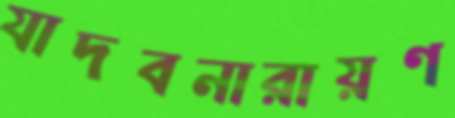
যাদবনারায়ণ